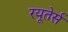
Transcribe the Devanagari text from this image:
रयूतेर्स